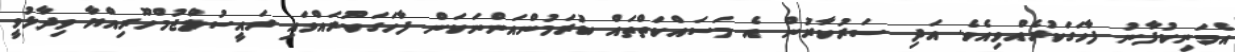
އެމަނިކުފާނު ފާހަގަކުރެއްވިއެވެ. އަދި ސަރުކާރުން އެ މަސައްކަތްތައް ކުރަމުންއަންނަކަން ފާހަގަކުރައްވައި ރައީސުލްޖުމްހޫރިއްޔާ ވިދާޅުވީ